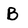
Character: B